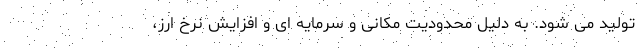
تولید می شود. به دلیل محدودیت مکانی و سرمایه ای و افزایش نرخ ارز،